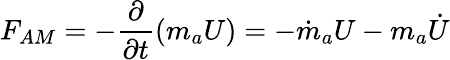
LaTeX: F_{AM}=-\frac{\partial}{\partial t}(m_{a}U)=-\dot{m}_{a}U-m_{a}\dot{U}